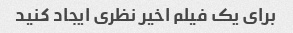
برای یک فیلم اخیر نظری ایجاد کنید